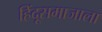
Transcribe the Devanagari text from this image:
हिंदूसमाजाला